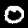
Digit: 0